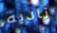
ناديه